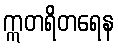
ဣတရိတရေန